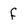
Character: f